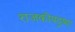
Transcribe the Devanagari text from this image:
राजकीयदृष्या